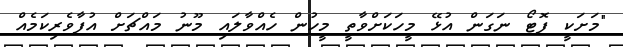
"މަށަކީ ފޮޓޯ ނަގަން އުޅޭ މީހަކަށްވާތީ މީހުން ހެއްްވާލައި މޫނު މައްޗަށް އުފާވެރިކަމެއް